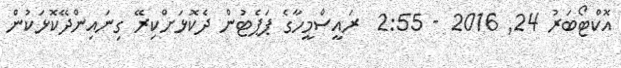
އޮކްޓޯބަރު 24